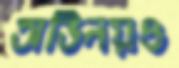
অভিনয়ও